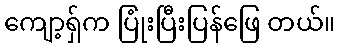
ကျော့ရှ်က ပြုံးပြီးပြန်ဖြေ တယ်။